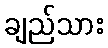
ချည်သား